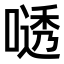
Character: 𫫟